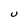
Character: U